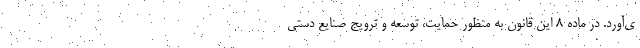
ی‌آورد. در ماده ۸ این قانون به منظور حمایت، توسعه و ترویج صنایع دستی